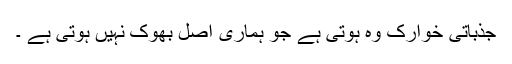
جذباتی خوارک وہ ہوتی ہے جو ہماری اصل بھوک نہیں ہوتی ہے ۔